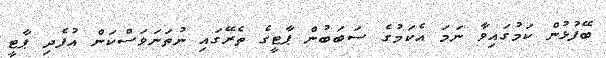
ބޭފުޅުން ކަމުގައިވާ ނަމަ އެކަމުގެ ސަބަބުން ޕާޓީގެ ތެރޭގައި ނުތަނަވަސްކަން އުފެދި ޕާޓީ